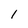
Character: l